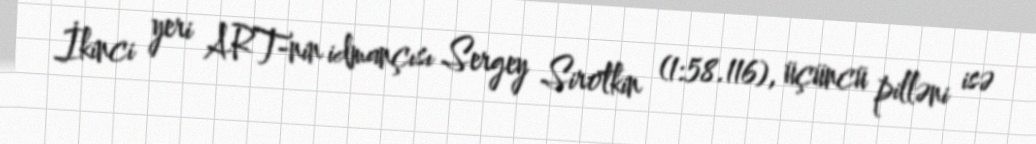
İkinci yeri ART-nin idmançısı Sergey Sirotkin (1:58.116), üçüncü pilləni isə